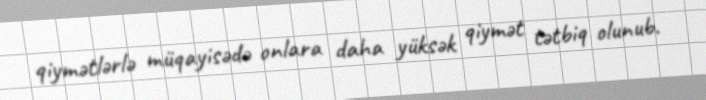
qiymətlərlə müqayisədə onlara daha yüksək qiymət tətbiq olunub.